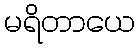
မရိတာယေ